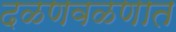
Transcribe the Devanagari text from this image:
दळणवळणात